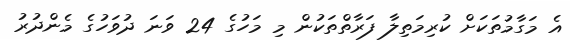
އެ މަގާމުތަކަށް ކުރިމަތިލާ ފަރާތްތަކުން މި މަހުގެ 24 ވަނަ ދުވަހުގެ މެންދުރު